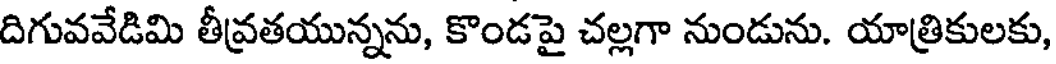
దిగువవేడిమి తీవ్రతయున్నను, కొండపై చల్లగా నుండును. యాత్రికులకు,